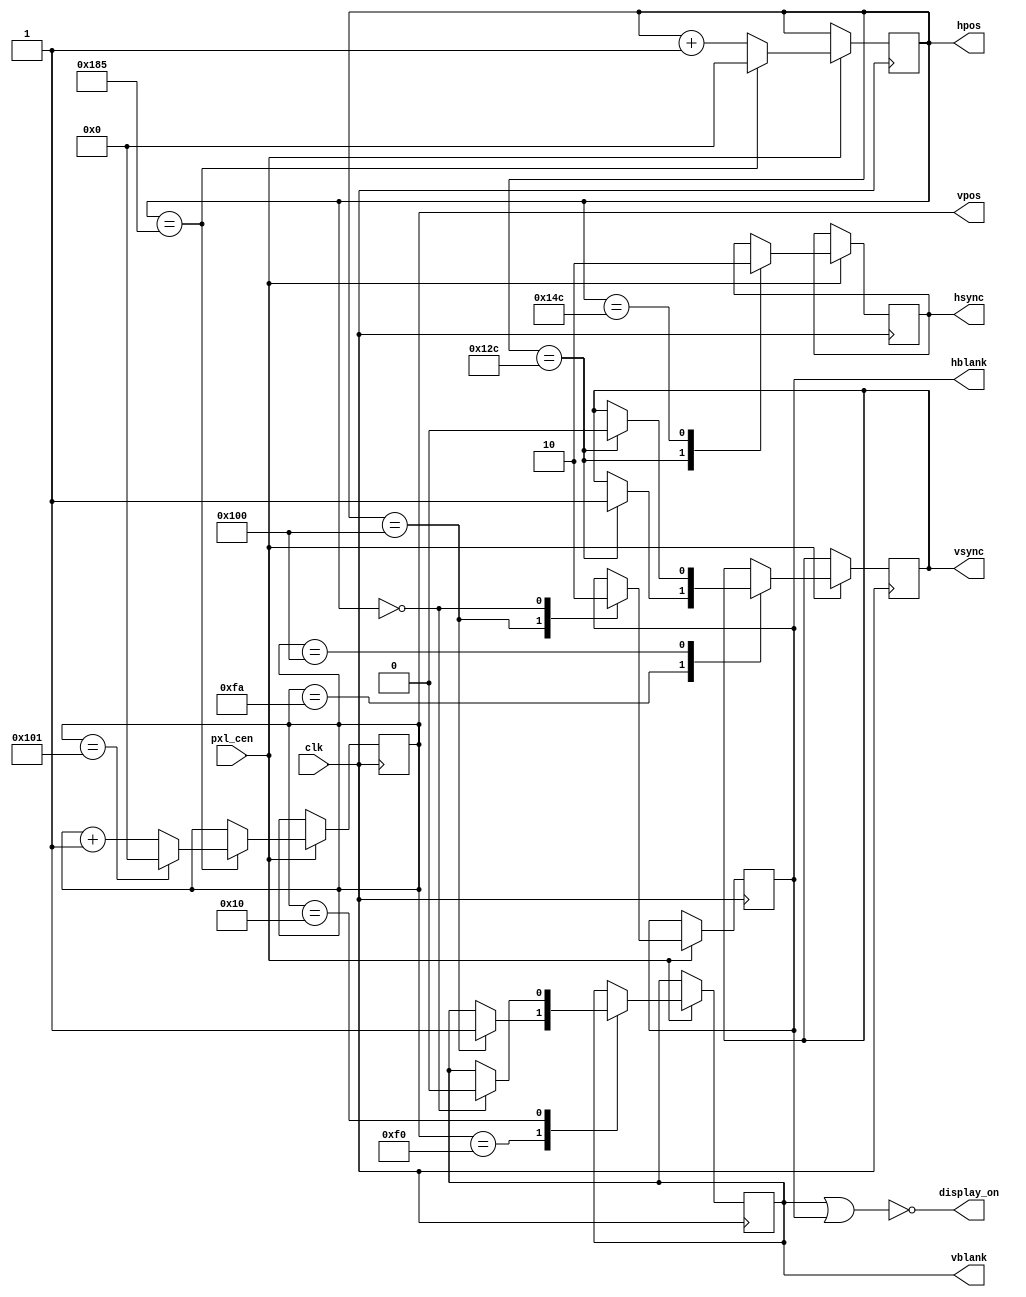
////////// hvsync //////////////////////////////
//
// handle crt horizontal and vertical scrolling 
// generate hblank, vblank, hsync, vsync signal 
// for the @6mhz video clock 
//
module hvsync(
  input clk,
  input pxl_cen,
 
  // Video out 
  output reg hsync,
  output reg vsync,
  output reg hblank,
  output reg vblank,
  
  output display_on,
  
  output reg [8:0] hpos,
  output reg [8:0] vpos
);

parameter HBLANK_START  = 256;
parameter HBLANK_END 	  = 0;   
parameter HSYNC_START 	= HBLANK_START + 44;
parameter HSYNC_END 		= HBLANK_START + 76;
parameter H_TOTAL			  = 390;

parameter VBLANK_START  = 240;
parameter VBLANK_END		= 16;
parameter VSYNC_START	  = VBLANK_START + 10;
parameter VSYNC_END		  = VBLANK_START + 16;
parameter V_TOTAL			  = 258;

initial begin
	hpos = 9'b0;
	vpos = 9'b0; 
	hblank = 1'b1;
	vblank = 1'b0;
	hsync = 1'b0;
	vsync = 1'b0;
end	

always @(posedge clk) if (pxl_cen) begin
  if (hpos == H_TOTAL-1) begin
	  hpos <= 0;
	  vpos <= vpos + 1'd1;
	 
	  if (vpos == V_TOTAL-1) begin
	    vpos <= 0;	
	  	end
 		end 
  else begin
	  hpos <= hpos + 1'd1;
  end
	 
  case (hpos)
	  HBLANK_START : hblank <= 1;
    HBLANK_END   : hblank <= 0;
	  HSYNC_START  : hsync <= 1;
	  HSYNC_END    : hsync <= 0;
  endcase 
  
  case (vpos)
    VBLANK_START : if (hpos == HBLANK_START) vblank <= 1;
	  VBLANK_END   : if (hpos == HBLANK_END) vblank <= 0;
	  VSYNC_START  : if (hpos == HSYNC_START) vsync <= 1;
	  VSYNC_END 	 : if (hpos == HSYNC_START) vsync <= 0;
  endcase
end	
		
assign display_on = ~(vblank | hblank);
  
endmodule